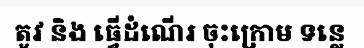
តូវ និង ធ្វើដំណើរ ចុះក្រោម ទន្លេ